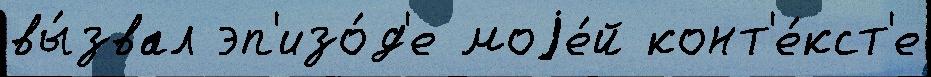
вы́звал эп'изо́д'е моjе́й конт'е́кст'е